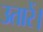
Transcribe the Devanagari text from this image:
उतारें।